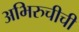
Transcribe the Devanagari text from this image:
अभिरुचीची